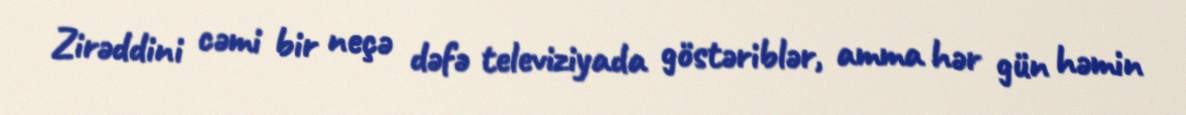
Zirəddini cəmi bir neçə dəfə televiziyada göstəriblər, amma hər gün həmin